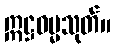
ဣဋ္ဌဓမ္မသုတ်။